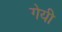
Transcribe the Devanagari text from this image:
गेयी